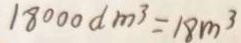
1 8 0 0 0 d m ^ { 3 } = 1 8 m ^ { 3 }